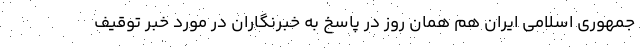
جمهوری اسلامی ایران هم همان روز در پاسخ به خبرنگاران در مورد خبر توقیف